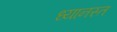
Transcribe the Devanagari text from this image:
ध्यानस्त